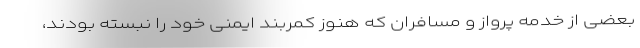
بعضی از خدمه پرواز و مسافران که هنوز کمربند ایمنی خود را نبسته بودند،